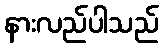
နားလည်ပါသည်